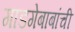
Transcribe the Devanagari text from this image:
गाडगेबाबांची